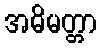
အဓိမတ္တာ